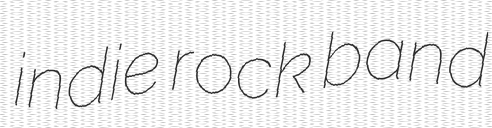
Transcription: indie rock band